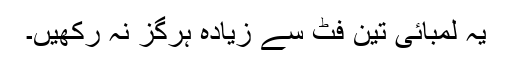
یہ لمبائی تین فٹ سے زیادہ ہرگز نہ رکھیں۔